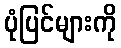
ပုံပြင်များကို